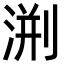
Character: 渆